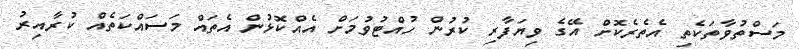
މަސްތުވާތަކެތި އެތެރެކޮށް އޭގެ ވިޔަފާރި ކުރުން ހުއްޓުވުމަށް އެއްކޮޅުން އެތައް މަސައްކަތެއް ކުރާއިރު